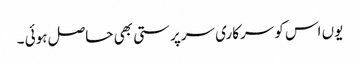
یوں اس کو سرکاری سرپرستی بھی حاصل ہوئی ۔